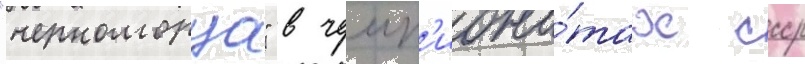
"черноморца" в чемп'иона́тах ссср